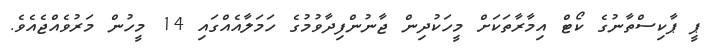
ޕީ ޕާކިސްތާނުގެ ކޯޓް އިމާރާތަކަށް މީހަކުދިން ޖާނުންފިދާވުމުގެ ހަމަލާއެއްގައި 14 މީހުން މަރުވެއްޖެއެވެ.